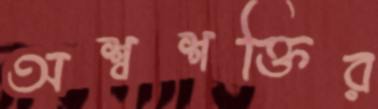
অশ্বশক্তির